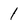
Character: 1